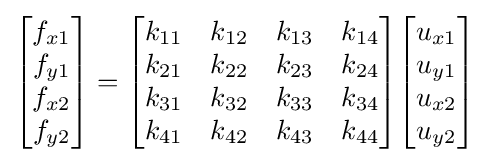
{\begin{bmatrix}f_{x1}\\f_{y1}\\f_{x2}\\f_{y2}\\\end{bmatrix}}={\begin{bmatrix}k_{11}&k_{12}&k_{13}&k_{14}\\k_{21}&k_{22}&k_{23}&k_{24}\\k_{31}&k_{32}&k_{33}&k_{34}\\k_{41}&k_{42}&k_{43}&k_{44}\\\end{bmatrix}}{\begin{bmatrix}u_{x1}\\u_{y1}\\u_{x2}\\u_{y2}\\\end{bmatrix}}